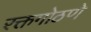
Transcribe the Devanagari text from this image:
रक्तगोठणे